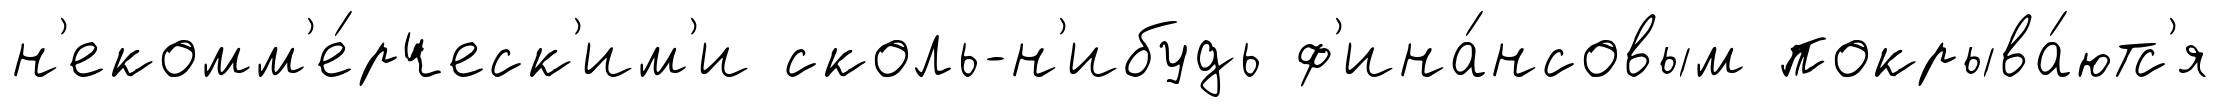
н'екомм'е́рческ'им'и сколь-н'ибудь ф'ина́нсовым покрыва́ютс'я